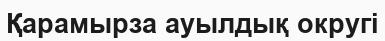
Қарамырза ауылдық округі